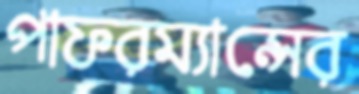
পাফরম্যান্সের